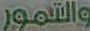
والتمور